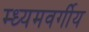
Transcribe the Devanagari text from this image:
म्ध्यमवर्गीय